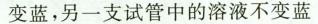
变蓝，另一支试管中的溶液不变蓝